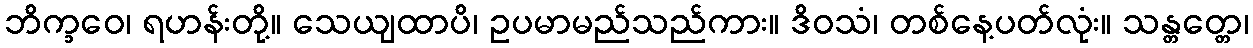
ဘိက္ခဝေ၊ ရဟန်းတို့။ သေယျထာပိ၊ ဥပမာမည်သည်ကား။ ဒိဝသံ၊ တစ်နေ့ပတ်လုံး။ သန္တတ္တေ၊